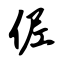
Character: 伲